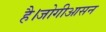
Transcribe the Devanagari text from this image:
है।जोगीआसन